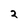
Character: 2